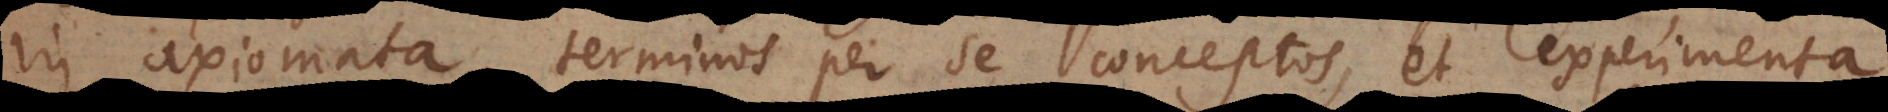
axiomata, terminos per se conceptos, et experimenta.